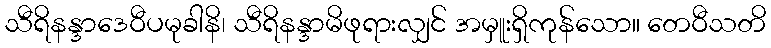
သီရိနန္ဒာဒေဝီပမုခါနိ၊ သီရိနန္ဒာမိဖုရားလျှင် အမှူးရှိကုန်သော။ တေဝီသတိ